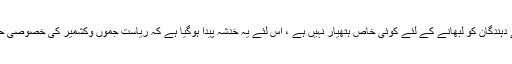
چونکہ لوک سبھا کے انتخابات آنے والے ہیں اور بی جے ی کے پاس رائے دہندگان کو لبھانے کے لئے کوئی خاص ہتھیار نہیں ہے ، اس لئے یہ خدشہ پیدا ہوگیا ہے کہ ریاست جموں وکشمیر کی خصوصی حیثیت کو چوٹ پہنچانے کے نام پر ووٹ بٹورنے کی کوشش کی جائے گی ۔